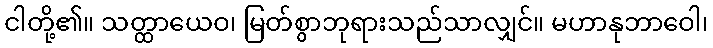
ငါတို့၏။ သတ္ထာယေဝ၊ မြတ်စွာဘုရားသည်သာလျှင်။ မဟာနုဘာဝေါ၊